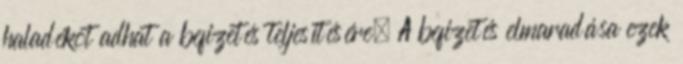
haladékot adhat a befizetés teljesítésére. A befizetés elmaradása ezek